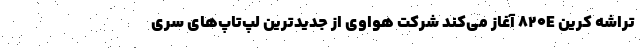
تراشه کرین 820E آغاز می‌کند شرکت هواوی از جدیدترین لپ‌تاپ‌های سری